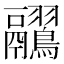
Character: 𪈊